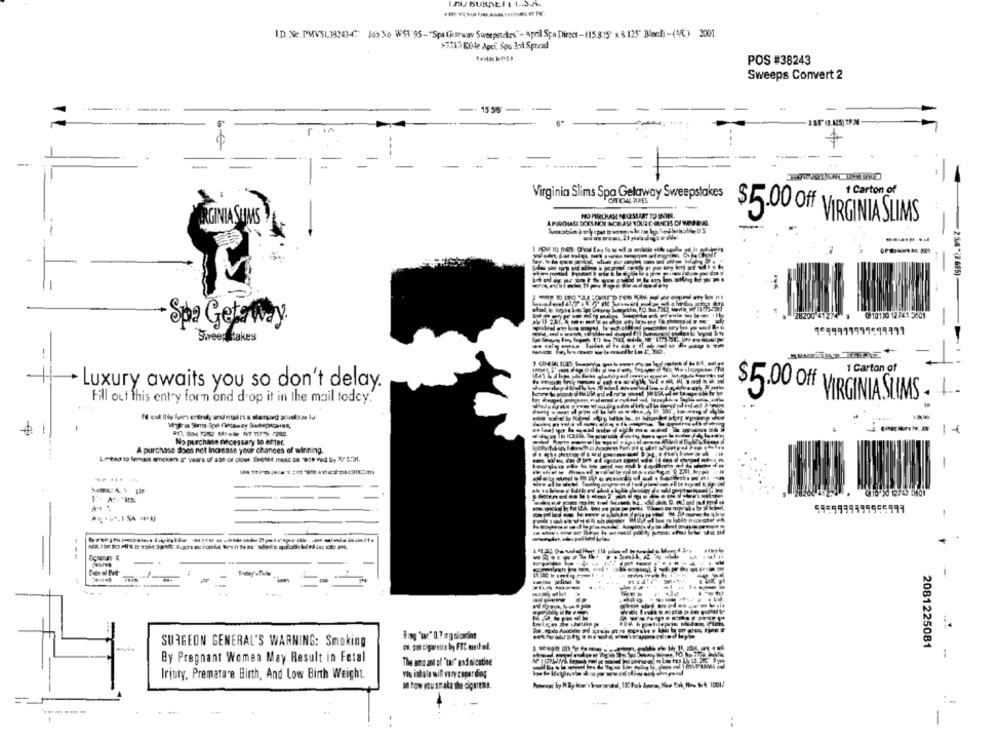
DU BURNEI 1 1.3.5.
ID. Nc. PMVSL38243-4' Job No W53'95-"Spa (humway Sweepstakes"- April Spa Direct-(15.815' x $ 125' Bleed)-(MC) 2001
STAV) DOde Apci, Sps 3rd Spreid
POS #38243
Sweeps Convert 2
15 56
----
1 Carton of
Virginia Slims Spa Gelaway Sweepstakes
NO PURCHASE NECESSARY TO BVIER
IRGINIA SUMS
$5.00 Off VIRGINIA SLIMS
2 66"(2 625)
28200 41274
@10110 12761 2601
-
Spa Getaway.
Sweepstakes
-.
1 Carton of
Luxury awaits you so don't delay.
Fill out this entry form and drop it in the mail todcy.
$5.00 Off VIRGINIA SLIMS . .
Il cal Ilde fon entirely arsenal in a starcied proekswe Id:
No purchase necessary to enter.
A purchase does not Increase your chances of winning.
-
5959999199955997
Sag 'w' 0.7 mgnicarins
SURGEON GENERAL'S WARNING: Smoking
2081225081
By Pregnant Women May Result in Fetal
The amo ant of "tar" and nicotine
Irjury, Premature Birth, And Low Birth Weight.
You intale will vary coparding
---
1